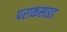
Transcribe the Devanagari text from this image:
पराकसाइड